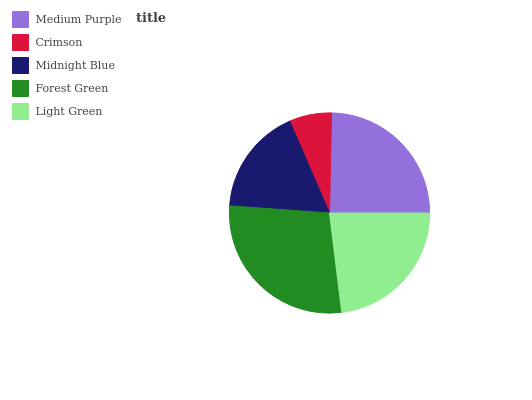
| Medium Purple | Crimson | Midnight Blue | Forest Green | Light Green |
 | --- | --- | --- | --- | --- |
 | 24.7% | 6.83% | 17.4% | 28% | 23.1% |